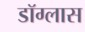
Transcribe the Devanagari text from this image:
डॉग्लास